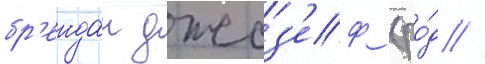
бр'ендан джоз'еф (ро́д //